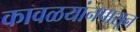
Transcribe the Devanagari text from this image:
कावळयांनपासून